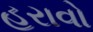
હરાવો